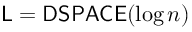
{ \mathsf { L } } = { \mathsf { D S P A C E } } ( \log n )